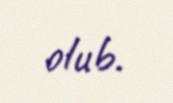
olub.